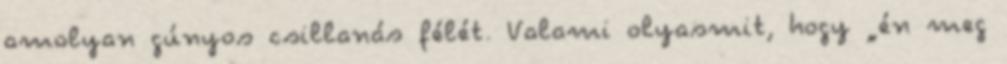
amolyan gúnyos csillanás félét. Valami olyasmit, hogy „én meg